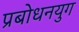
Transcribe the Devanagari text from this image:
प्रबोधनयुग